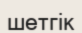
шетгік